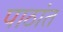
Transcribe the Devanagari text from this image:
पाठांत